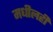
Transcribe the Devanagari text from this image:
मधीलही